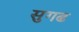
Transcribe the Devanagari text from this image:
सुगढ